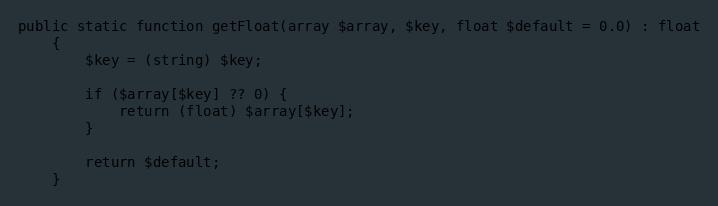
Language: PHP
public static function getFloat(array $array, $key, float $default = 0.0) : float
    {
        $key = (string) $key;

        if ($array[$key] ?? 0) {
            return (float) $array[$key];
        }

        return $default;
    }